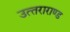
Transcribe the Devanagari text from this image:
उत्‍तराराण्‍ड